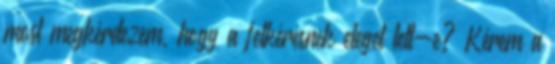
most megkérdezem, hogy a felkérésnek eleget tett-e? Kérem a